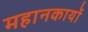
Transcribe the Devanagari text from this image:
महानकार्यो